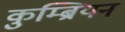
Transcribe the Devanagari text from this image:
कुम्ब्रियन